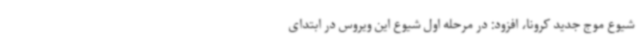
شیوع موج جدید کرونا، افزود: در مرحله اول شیوع این ویروس در ابتدای